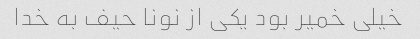
خیلی خمیر بود یکی از نونا حیف به خدا